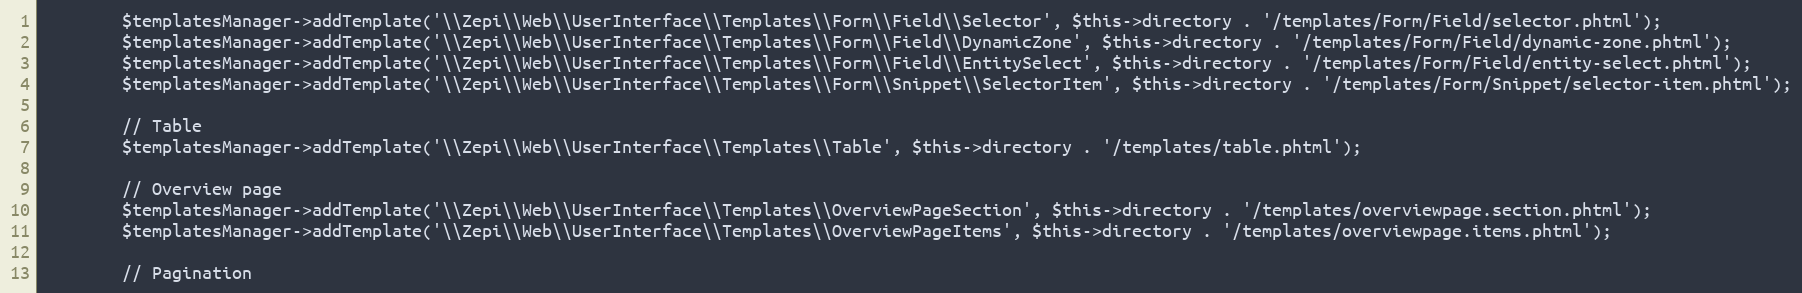
Language: PHP
        $templatesManager->addTemplate('\\Zepi\\Web\\UserInterface\\Templates\\Form\\Field\\Selector', $this->directory . '/templates/Form/Field/selector.phtml');
        $templatesManager->addTemplate('\\Zepi\\Web\\UserInterface\\Templates\\Form\\Field\\DynamicZone', $this->directory . '/templates/Form/Field/dynamic-zone.phtml');
        $templatesManager->addTemplate('\\Zepi\\Web\\UserInterface\\Templates\\Form\\Field\\EntitySelect', $this->directory . '/templates/Form/Field/entity-select.phtml');
        $templatesManager->addTemplate('\\Zepi\\Web\\UserInterface\\Templates\\Form\\Snippet\\SelectorItem', $this->directory . '/templates/Form/Snippet/selector-item.phtml');

        // Table
        $templatesManager->addTemplate('\\Zepi\\Web\\UserInterface\\Templates\\Table', $this->directory . '/templates/table.phtml');

        // Overview page
        $templatesManager->addTemplate('\\Zepi\\Web\\UserInterface\\Templates\\OverviewPageSection', $this->directory . '/templates/overviewpage.section.phtml');
        $templatesManager->addTemplate('\\Zepi\\Web\\UserInterface\\Templates\\OverviewPageItems', $this->directory . '/templates/overviewpage.items.phtml');

        // Pagination